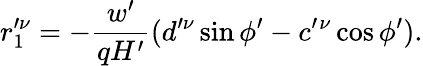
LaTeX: r_{1}^{\prime\nu}=-\frac{w^{\prime}}{qH^{\prime}}(d^{\prime\nu}\sin\phi^{\prime}-c^{\prime}{}^{\nu}\cos\phi^{\prime}).